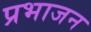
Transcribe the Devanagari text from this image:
प्रभाजन